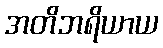
အတိဘရိယာယ